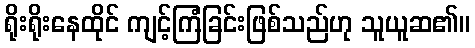
ရိုးရိုးနေထိုင် ကျင့်ကြံခြင်းဖြစ်သည်ဟု သူယူဆ၏။